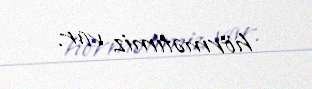
hörmətimiz var.